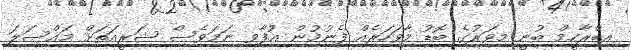
އިބްރާހީމް ބުނީ މިވަރުގެ ބޮޑު މާވަހަރެއް ފެނުމުން އުފާވި ނަމަވެސް ޝަރީއަތަށް މައްސަލަ